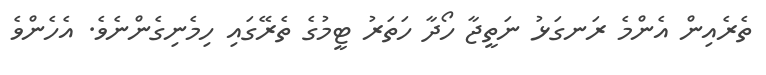
ތެރެއިން އެންމެ ރަނގަޅު ނަތީޖާ ހޯދާ ހަތަރު ޓީމުގެ ތެރޭގައި ހިމެނިގެންނެވެ. އެހެންވެ